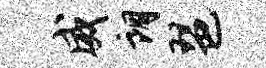
威朗琶